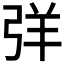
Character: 𢏙